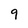
Character: 9